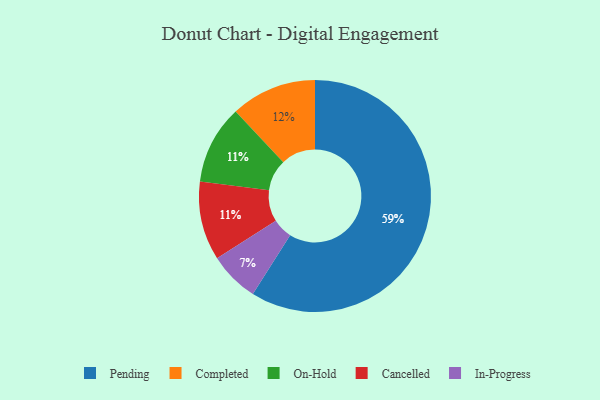
{"axis": {"x": "Category", "y": "Percentage"}, "legend": ["Cancelled", "Completed", "In-Progress", "On-Hold", "Pending"], "data": [{"x": "On-Hold", "y": 11, "type": "On-Hold"}, {"x": "Pending", "y": 59, "type": "Pending"}, {"x": "In-Progress", "y": 7, "type": "In-Progress"}, {"x": "Completed", "y": 12, "type": "Completed"}, {"x": "Cancelled", "y": 11, "type": "Cancelled"}]}